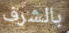
بالشرف